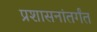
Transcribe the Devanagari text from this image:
प्रशासनांतर्गंत